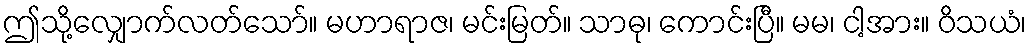
ဤသို့လျှောက်လတ်သော်။ မဟာရာဇ၊ မင်းမြတ်။ သာဓု၊ ကောင်းပြီ။ မမ၊ ငါ့အား။ ဝိသယံ၊